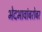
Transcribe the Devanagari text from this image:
भेदभावांबरोबर